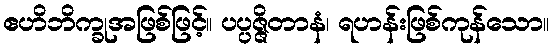
ဧဟိဘိက္ခုအဖြစ်ဖြင့်။ ပပ္ပဇ္ဇိတာနံ၊ ရဟန်းဖြစ်ကုန်သော။